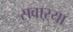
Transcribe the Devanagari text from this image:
सवाऱ्या